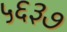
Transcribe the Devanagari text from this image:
५६३७